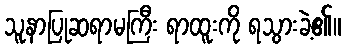
သူနာပြုဆရာမကြီး ရာထူးကို ရသွားခဲ့၏။